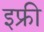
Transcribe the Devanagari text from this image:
इफ्री